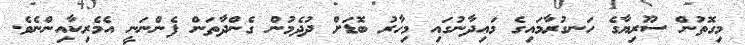
މިގޮތުން ސޫރިޔާގެ ހަނގުރާމައިގެ މައިދާނުގައި މިހާރު ބޮޑަށް ދުދެމުން ގެންދާތަން ފެންނަނީ އެމެރިކާއިންނެވެ.